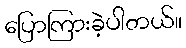
ပြောကြားခဲ့ပါတယ်။